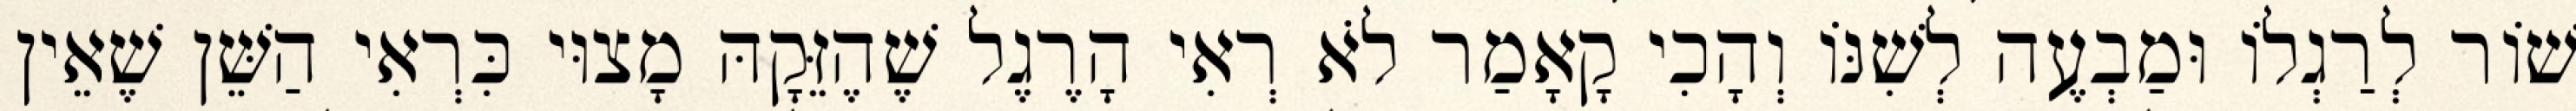
שׁוֹר לְרַגְלוֹ וּמַבְעֶה לְשִׁנּוֹ וְהָכִי קָאָמַר לֹא רְאִי הָרֶגֶל שֶׁהֶזֵּקָהּ מָצוּי כִּרְאִי הַשֵּׁן שֶׁאֵין